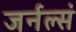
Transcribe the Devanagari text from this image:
जर्नल्सं